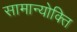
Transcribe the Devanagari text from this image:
सामान्योक्ति